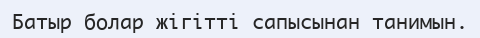
Батыр болар жігітті сапысынан танимын.